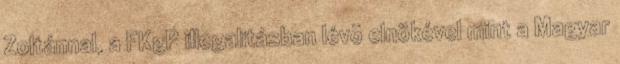
Zoltánnal, a FKgP illegalitásban lévõ elnökével mint a Magyar